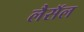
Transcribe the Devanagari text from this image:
लैसॅल